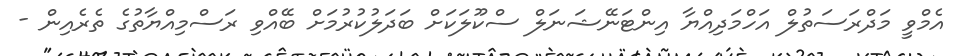
އެމްވީ މަދްރަސަތުލް އަހްމަދިއްޔާ އިންޓަނޭޝަނަލް ސްކޫލަކަށް ބަދަލުކުރުމަށް ބޭއްވި ރަސްމިއްޔާތުގެ ތެރެއިން -